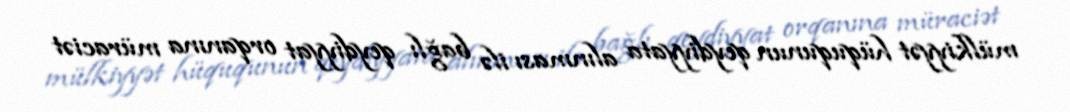
mülkiyyət hüququnun qeydiyyata alınması ilə bağlı qeydiyyat orqanına müraciət